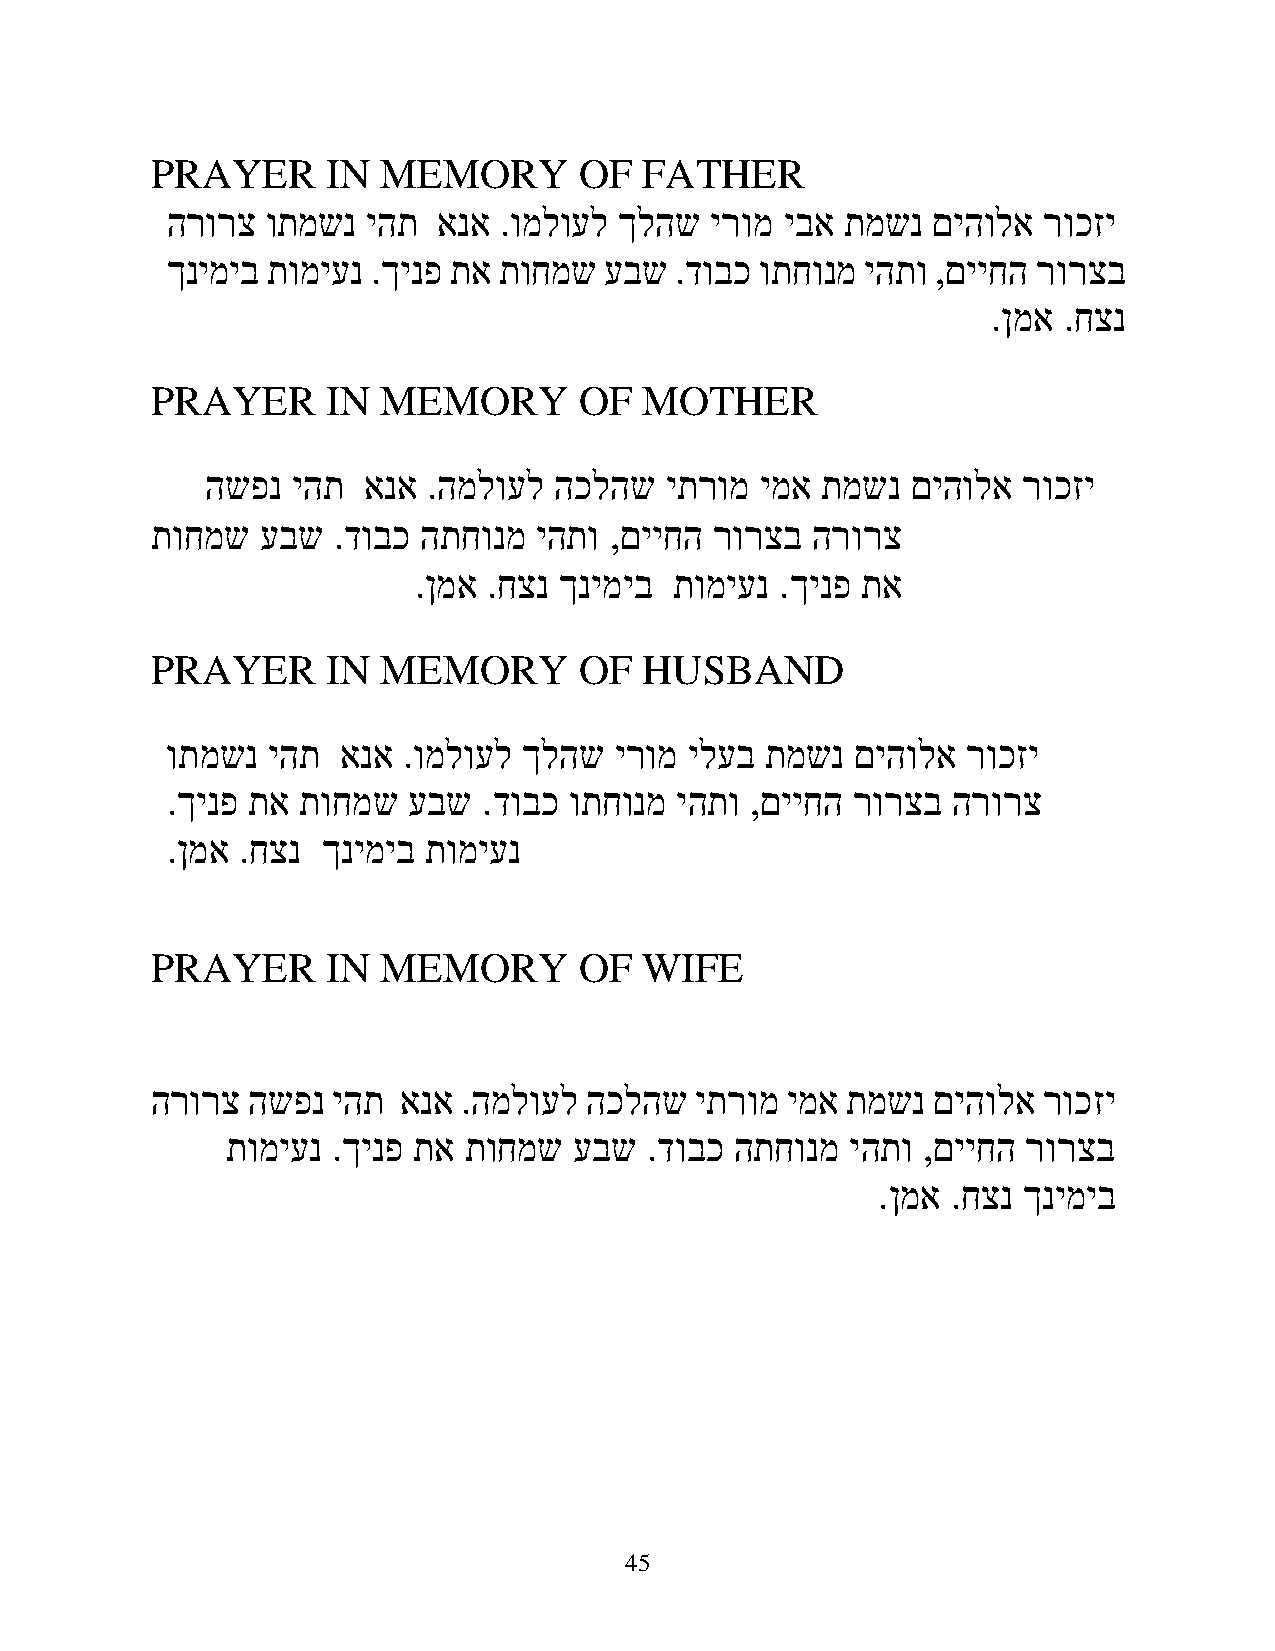
PRAYER      IN MEMORY       OF   FATHER
 הרורצ  ותמשנ יהת  אנא .ומלועל ךלהש  ירומ יבא תמשנ  םיהולא רוכזי
 ךנימיב תומיענ .ךינפ תא תוחמש עבש  .דובכ ותחונמ יהתו ,םייחה רורצב
 .ןמא .חצנ
 PRAYER      IN MEMORY       OF   MOTHER
 השפנ יהת  אנא .המלועל  הכלהש  יתרומ ימא תמשנ  םיהולא  רוכזי
 תוחמש  עבש  .דובכ התחונמ יהתו ,םייחה רורצב  הרורצ
 .ןמא .חצנ ךנימיב  תומיענ .ךינפ תא
 PRAYER      IN MEMORY       OF   HUSBAND
 ותמשנ  יהת  אנא .ומלועל ךלהש  ירומ ילעב תמשנ  םיהולא רוכזי
 .ךינפ תא תוחמש  עבש  .דובכ ותחונמ יהתו ,םייחה רורצב הרורצ
 .ןמא .חצנ ךנימיב תומיענ
 PRAYER      IN MEMORY       OF   WIFE
 הרורצ השפנ  יהת  אנא .המלועל הכלהש  יתרומ ימא תמשנ  םיהולא רוכזי
 תומיענ .ךינפ תא תוחמש  עבש  .דובכ התחונמ יהתו ,םייחה רורצב
 .ןמא .חצנ ךנימיב
 45